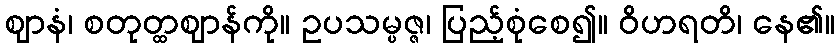
ဈာနံ၊ စတုတ္ထဈာန်ကို။ ဥပသမ္ပဇ္ဇ၊ ပြည့်စုံစေ၍။ ဝိဟရတိ၊ နေ၏။